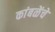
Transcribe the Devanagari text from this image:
कांबळेंचे